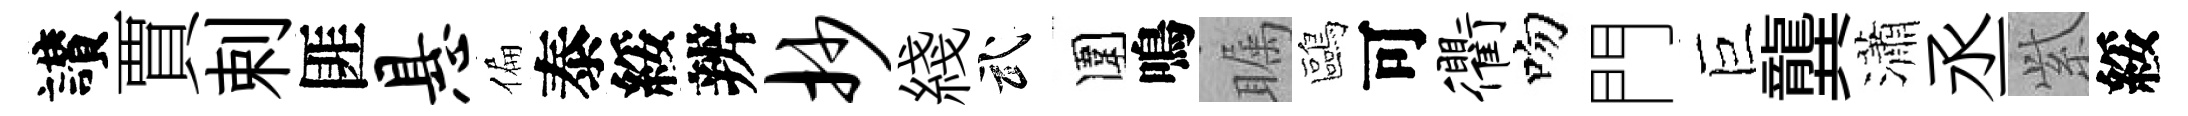
讃賈剌匪悬偏泰綏辨抄綫武圍鳴瞩鷗可衢吻門巨龔瀟丞𬗋綏